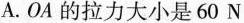
A.OA的拉力大小是60N